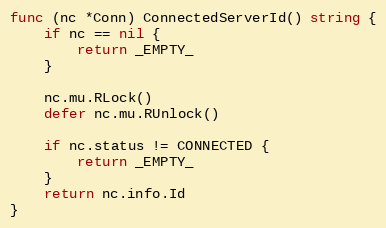
Language: Go
func (nc *Conn) ConnectedServerId() string {
	if nc == nil {
		return _EMPTY_
	}

	nc.mu.RLock()
	defer nc.mu.RUnlock()

	if nc.status != CONNECTED {
		return _EMPTY_
	}
	return nc.info.Id
}